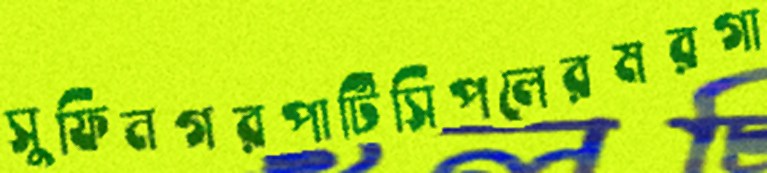
সুফিনগরপার্টিসিপলেরমরগা